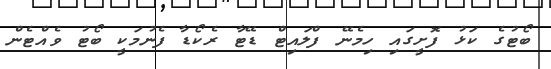
ބޯޓުގެ ކަޅު ފޮށީގައި ހިމެނޭ ފްލައިޓް ޑޭޓާ ރެކޯޑާ ފެނުމަކީ ބޯޓު ވެއްޓެން